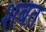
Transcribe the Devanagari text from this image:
शबत